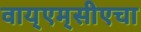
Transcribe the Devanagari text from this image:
वाय्‌एम्‌सीएचा